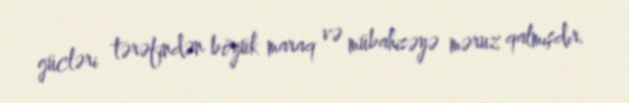
gücləri tərəfindən böyük maraq və mübahisəyə məruz qalmışdır.